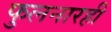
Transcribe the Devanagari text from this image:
फुलनारही